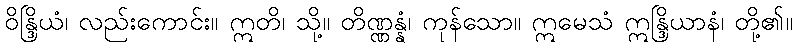
ဝိန္ဒြိယံ၊ လည်းကောင်း။ ဣတိ၊ သို့။ တိဏ္ဏန္နံ၊ ကုန်သော။ ဣမေသံ ဣန္ဒြိယာနံ၊ တို့၏။